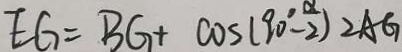
E G = B G + \cos ( 9 0 ^ { \circ } - \frac { \alpha } { 2 } ) 2 A G